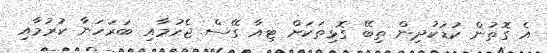
އެ ގޮތުން ކުޑަކުދިން ތިބޭ ގޮޅިތަކަށް ޓިއާ ގޭސް ޖެހުމާއި ބަރަހަނާ ކުރުމާއި